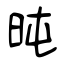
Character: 旽